Annual report of the Bengal Veterinary College, and of the Civil Veterinary Department, Bengal, for the year 1901-1902 - 1901-1902
Year: 1901
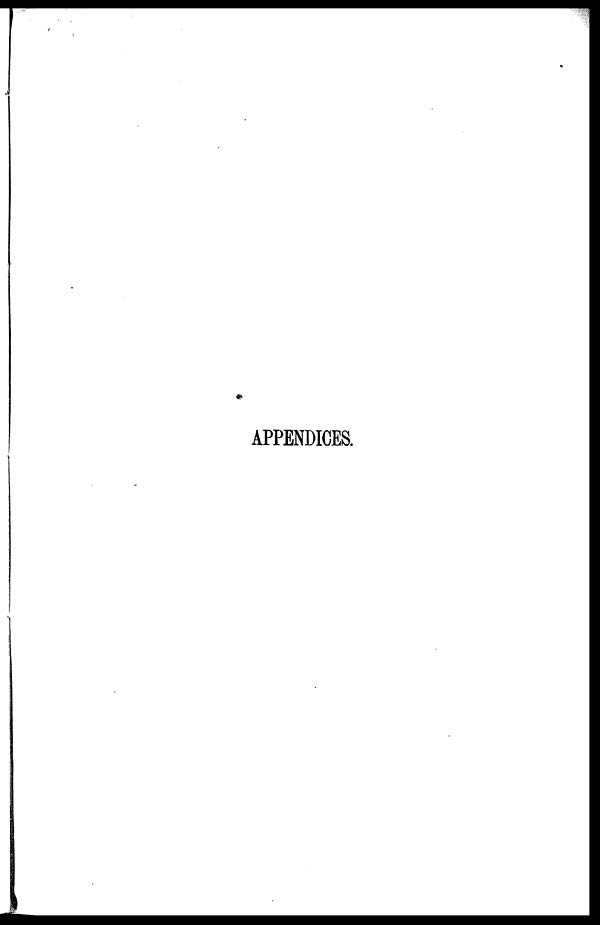
APPENDICES.